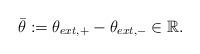
LaTeX: \begin{align*}\bar{\theta} := \theta_{ext,+} - \theta_{ext,-} \in \mathbb{R}. \end{align*}